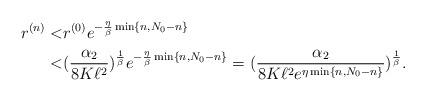
LaTeX: \begin{align*} r^{(n)} < &r^{(0)} e^{-\frac \eta\beta\min \{n,N_0-n\}} \\ < &(\frac{\alpha_2}{8K\ell^2})^{\frac 1\beta}e^{-\frac \eta\beta\min\{n,N_0-n\}} = (\frac{\alpha_2}{8K\ell^2 e^{\eta \min \{n,N_0-n\}}})^{\frac 1\beta}. \end{align*}